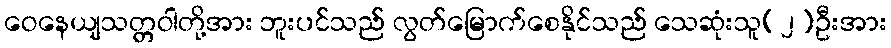
ဝေနေယျသတ္တဝါတို့အား ဘူးပင်သည် လွတ်မြောက်စေနိုင်သည် သေဆုံးသူ(၂)ဦးအား